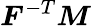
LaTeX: {\boldsymbol{F}}^{-T}{\boldsymbol{M}}